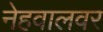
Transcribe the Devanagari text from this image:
नेहवालवर